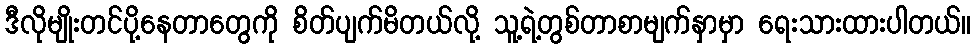
ဒီလိုမျိုးတင်ပို့နေတာတွေကို စိတ်ပျက်မိတယ်လို့ သူ့ရဲ့တွစ်တာစာမျက်နှာမှာ ရေးသားထားပါတယ်။